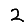
Digit: 2